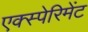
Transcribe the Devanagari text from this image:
एक्स्पेरिमेंट